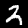
Label: 2